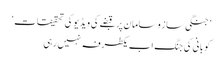
’جنگی ساز و سامان پر قبضے کی ویڈیو کی تحقیقات‘
کوبانی کی جنگ اب یکطرفہ نہیں رہی